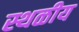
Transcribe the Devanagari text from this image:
स्थळीय